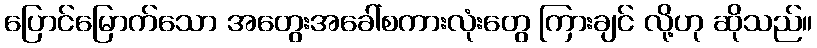
ပြောင်မြောက်သော အတွေးအခေါ်စကားလုံးတွေ ကြားချင် လို့ဟု ဆိုသည်။